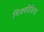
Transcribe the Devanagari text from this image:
मिक्सीडिमा